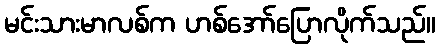
မင်းသားမာလစ်က ဟစ်အော်ပြောလိုက်သည်။